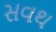
સવથ